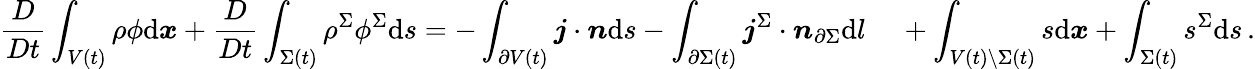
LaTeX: \frac{D}{Dt}\int_{V(t)}\rho\phi\mathrm{d}\boldsymbol{x}+\frac{D}{Dt}\int_{\Sigma(t)}\rho^{\Sigma}\phi^{\Sigma}\mathrm{d}s=-\int_{\partial V(t)}\boldsymbol{j}\cdot\boldsymbol{n}\mathrm{d}s-\int_{\partial\Sigma(t)}\boldsymbol{j}^{\Sigma}\cdot\boldsymbol{n}_{\partial\Sigma}\mathrm{d}l\quad\, +\int_{V(t)\setminus\Sigma(t)}s\mathrm{d}\boldsymbol{x}+\int_{\Sigma(t)}s^{\Sigma}\mathrm{d}s\, .